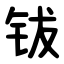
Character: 钹